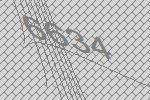
6634